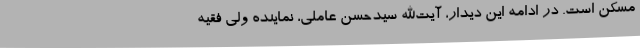
مسکن است. در ادامه این دیدار، آیت‌الله سیدحسن عاملی، نماینده ولی فقیه